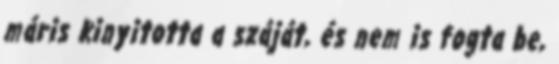
máris kinyitotta a száját, és nem is fogta be,